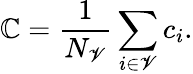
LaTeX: \mathbb{C}=\frac{{1}}{{N_{\mathscr{{V}}}}}\sum_{i\in\mathscr{{V}}}c_{i}.